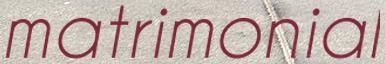
matrimonial